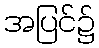
အပြင်၌